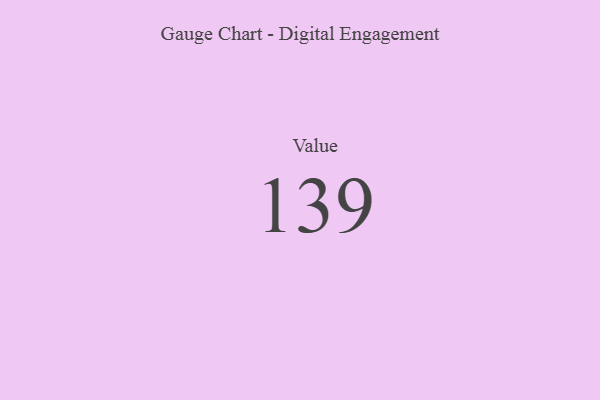
{"axis": {"x": "Metric", "y": "Value"}, "legend": [""], "data": [{"x": "Value", "y": 139, "type": ""}]}